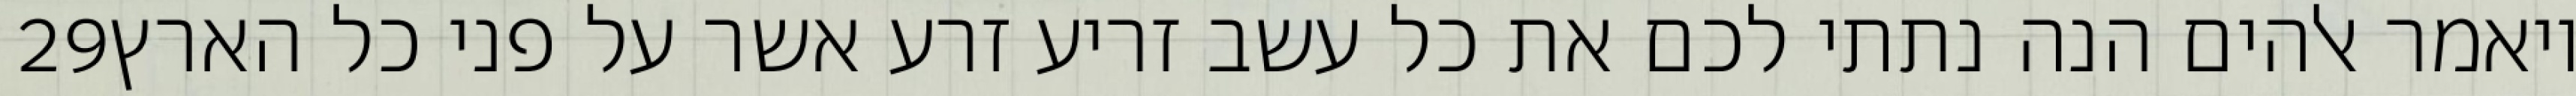
‎29‏ ויאמר אלהים הנה נתתי לכם את כל עשב זריע זרע אשר על פני כל הארץ